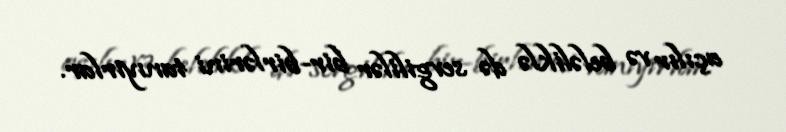
açılır və beləliklə də sevgililər bir-birlərini tanıyırlar.